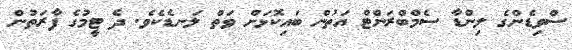
ސްވިޑެންގެ ލިންޑާ ސެމްބްރަންޓް އަތުން ބައިކޮޅަށް ވަތް ލަނޑެކެވެ. ދެ ޓީމުގެ ފާރަތުން